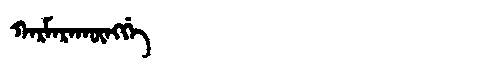
Manchu: ᡴᠠᡵᠮᠠᡵᠠᡴᡡᠩᡤᡝ
Romanization: KARMARAKŪNGGE